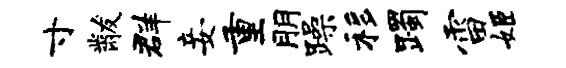
寸黻群妾重朋躁移躅雷姬